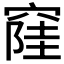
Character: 𱷎